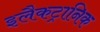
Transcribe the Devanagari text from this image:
इलैकट्रानिक